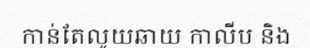
កាន់តែលូយឆាយ កាលីប និង